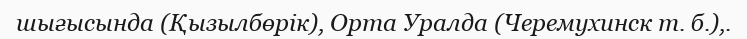
шығысында (Қызылбөрік), Орта Уралда (Черемухинск т. б.),.